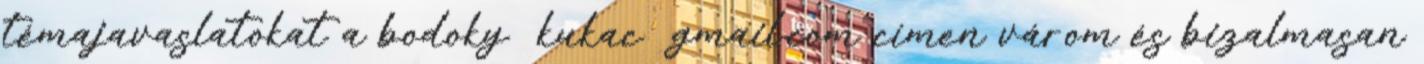
témajavaslatokat a bodoky kukac gmail.com címen várom és bizalmasan